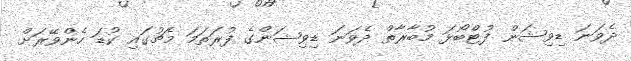
ދެވަނަ ޑިވިޝަން ފުޓްބޯޅަ މުބާރާތް ދެވަނަ ޑިވިޝަންގެ ފުރަތަމަ މެޗުގައި ކުޑަ ހެންވޭރަށް